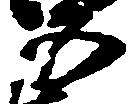
五